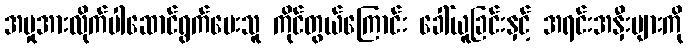
အမှုအားလိုက်ပါဆောင်ရွက်ပေးသူ ကိုင်တွယ်ကြောင်း ခေါ်ယူခြင်းနှင့် အရင်းအနှီးများကို